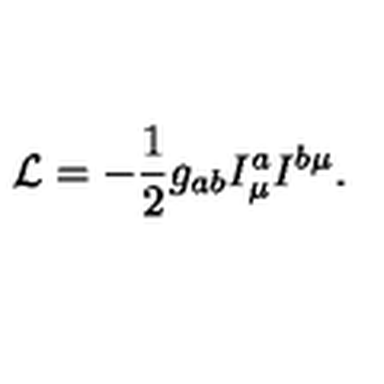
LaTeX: { \cal L } = - \frac { 1 } { 2 } g _ { a b } I _ { \mu } ^ { a } I ^ { b \mu } .